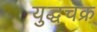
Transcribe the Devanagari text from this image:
युद्धचक्र